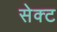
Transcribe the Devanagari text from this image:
सेक्‍ट